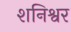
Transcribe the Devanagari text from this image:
शनिश्वर